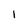
Character: l